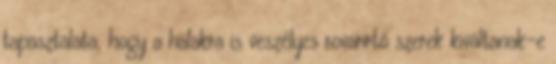
tapasztalata, hogy a halakra is veszélyes rovarirtó szerek kiváltanak-e